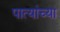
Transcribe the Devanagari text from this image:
पात्यांच्या